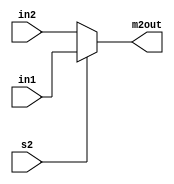
`timescale 1ns / 1ps
//////////////////////////////////////////////////////////////////////////////////
// Company: 
// Engineer: 
// 
// Design Name: 
// Module Name: MUX
// Project Name: 
// Target Devices: 
// Tool Versions: 
// Description: 
// 
// Dependencies: 
// 
// Revision:
// Revision 0.01 - File Created
// Additional Comments:
// 
//////////////////////////////////////////////////////////////////////////////////

module MUX (in1, in2, s2, m2out);
input [2:0] in1, in2;
input s2;
output reg [2:0] m2out;

always @ (in1, in2, s2)
begin
if (s2)
	m2out = in1;
else
	m2out = in2;
end

endmodule //MUX2